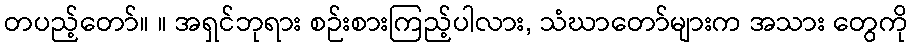
တပည့်တော်။ ။ အရှင်ဘုရား စဉ်းစားကြည့်ပါလား, သံဃာတော်များက အသား တွေကို